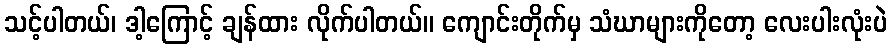
သင့်ပါတယ်၊ ဒါ့ကြောင့် ချန်ထား လိုက်ပါတယ်။ ကျောင်းတိုက်မှ သံဃာများကိုတော့ လေးပါးလုံးပဲ